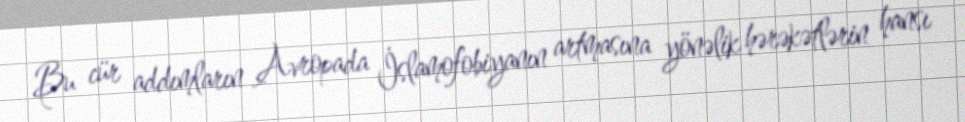
Bu cür addımların Avropada İslamofobiyanın artmasına yönəlik hərəkətlərin hansı